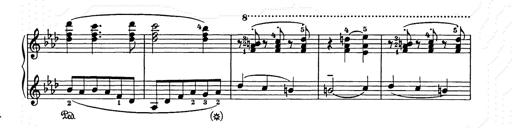
Title: Weihnachtsbaum
Composer: Franz Liszt